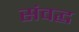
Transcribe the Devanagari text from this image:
संवद्ध